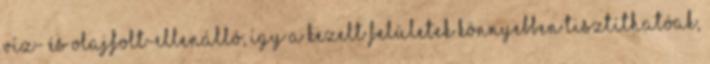
víz- és olajfolt-ellenálló, így a kezelt felületek könnyebben tisztíthatóak,